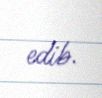
edib.